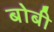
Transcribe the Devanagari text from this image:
बोबी